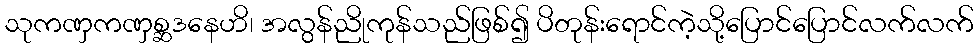
သုကဏှကဏှစ္ဆဒနေဟိ၊ အလွန်ညိုကုန်သည်ဖြစ်၍ ပိတုန်းရောင်ကဲ့သို့ပြောင်ပြောင်လက်လက်